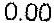
0.00